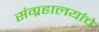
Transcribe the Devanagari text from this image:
संग्रहालयांचे